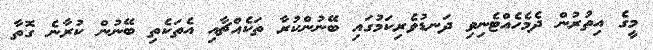
މީގެ އިތުރުން ދެމެހެއްޓެނިވި ދަނޑުވެރިކަމުގައި ބޭނުންކުރާ ތަކެއްޗާއި އެތަކެތި ބޭނުން ކުރާނެ ގޮތާ